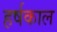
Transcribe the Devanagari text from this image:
हर्षकाल